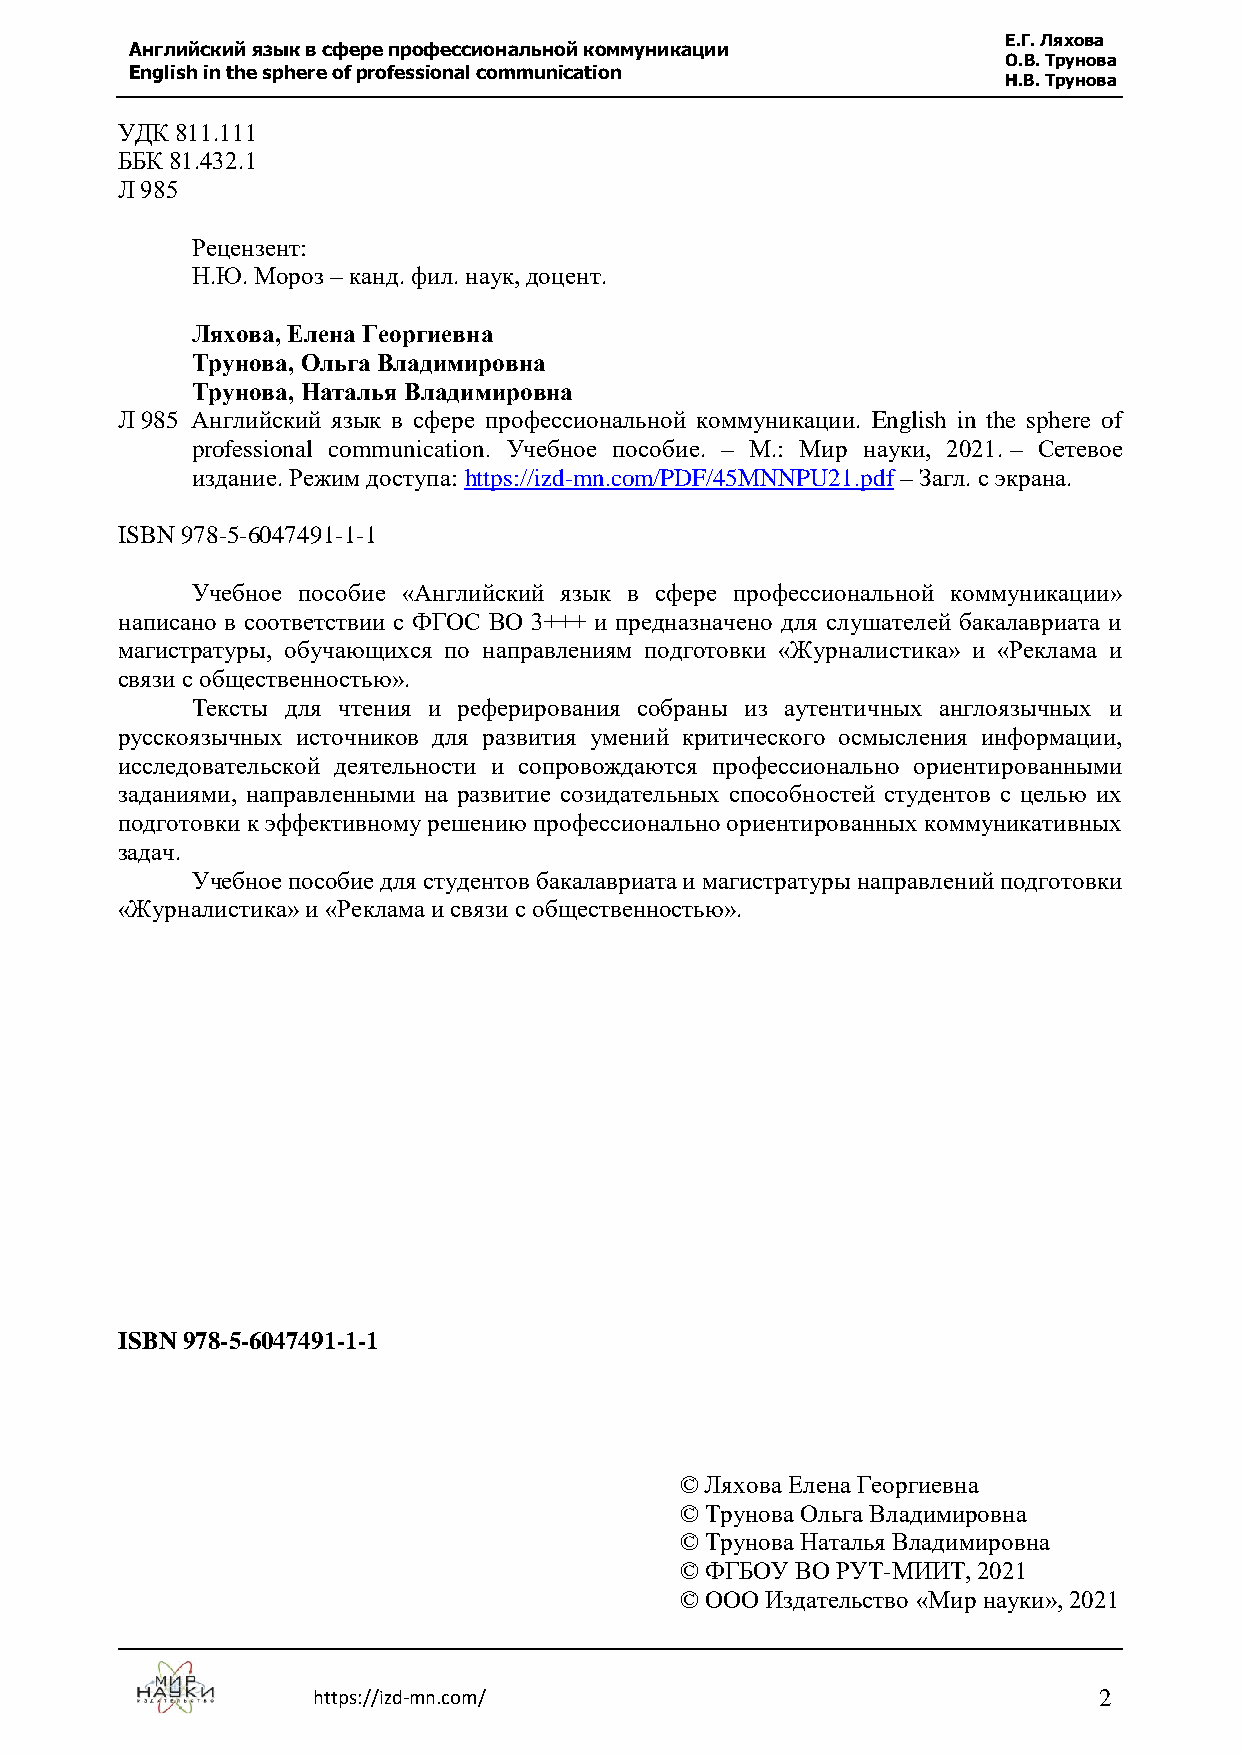
Е.Г. Ляхова
 Английский язык в сфере профессиональной коммуникации
 О.В. Трунова
 English in the sphere of professional communication
 Н.В. Трунова
 УДК 811.111
 ББК 81.432.1
 Л 985
 Рецензент:
 Н.Ю. Мороз – канд. фил. наук, доцент.
 Ляхова, Елена Георгиевна
 Трунова, Ольга Владимировна
 Трунова, Наталья Владимировна
 Л 985 Английский язык в сфере профессиональной коммуникации. English in the sphere of
 professional communication. Учебное пособие. – М.: Мир науки, 2021. – Сетевое
 издание. Режим доступа: https://izd-mn.com/PDF/45MNNPU21.pdf – Загл. с экрана.
 ISBN 978-5-6047491-1-1
 Учебное пособие «Английский язык в сфере профессиональной коммуникации»
 написано в соответствии с ФГОС ВО 3+++ и предназначено для слушателей бакалавриата и
 магистратуры, обучающихся по направлениям подготовки «Журналистика» и «Реклама и
 связи с общественностью».
 Тексты для чтения и реферирования собраны из аутентичных англоязычных и
 русскоязычных источников для развития умений критического осмысления информации,
 исследовательской деятельности и сопровождаются профессионально ориентированными
 заданиями, направленными на развитие созидательных способностей студентов с целью их
 подготовки к эффективному решению профессионально ориентированных коммуникативных
 задач.
 Учебное пособие для студентов бакалавриата и магистратуры направлений подготовки
 «Журналистика» и «Реклама и связи с общественностью».
 ISBN 978-5-6047491-1-1
 © Ляхова Елена Георгиевна
 © Трунова Ольга Владимировна
 © Трунова Наталья Владимировна
 © ФГБОУ ВО РУТ-МИИТ, 2021
 © ООО Издательство «Мир науки», 2021
 https://izd-mn.com/                                 2